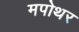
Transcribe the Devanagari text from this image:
मपोथर